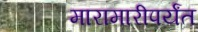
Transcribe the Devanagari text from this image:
मारामारीपर्यंत